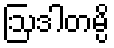
ဩဒါတမ္ပိ